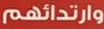
وارتدائهم